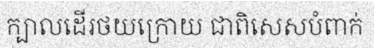
ក្បាលដើរថយក្រោយ ជាពិសេសបំពាក់